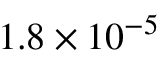
1 . 8 \times 1 0 ^ { - 5 }